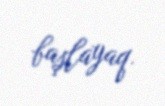
başlayaq.